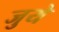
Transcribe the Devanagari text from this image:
जुये